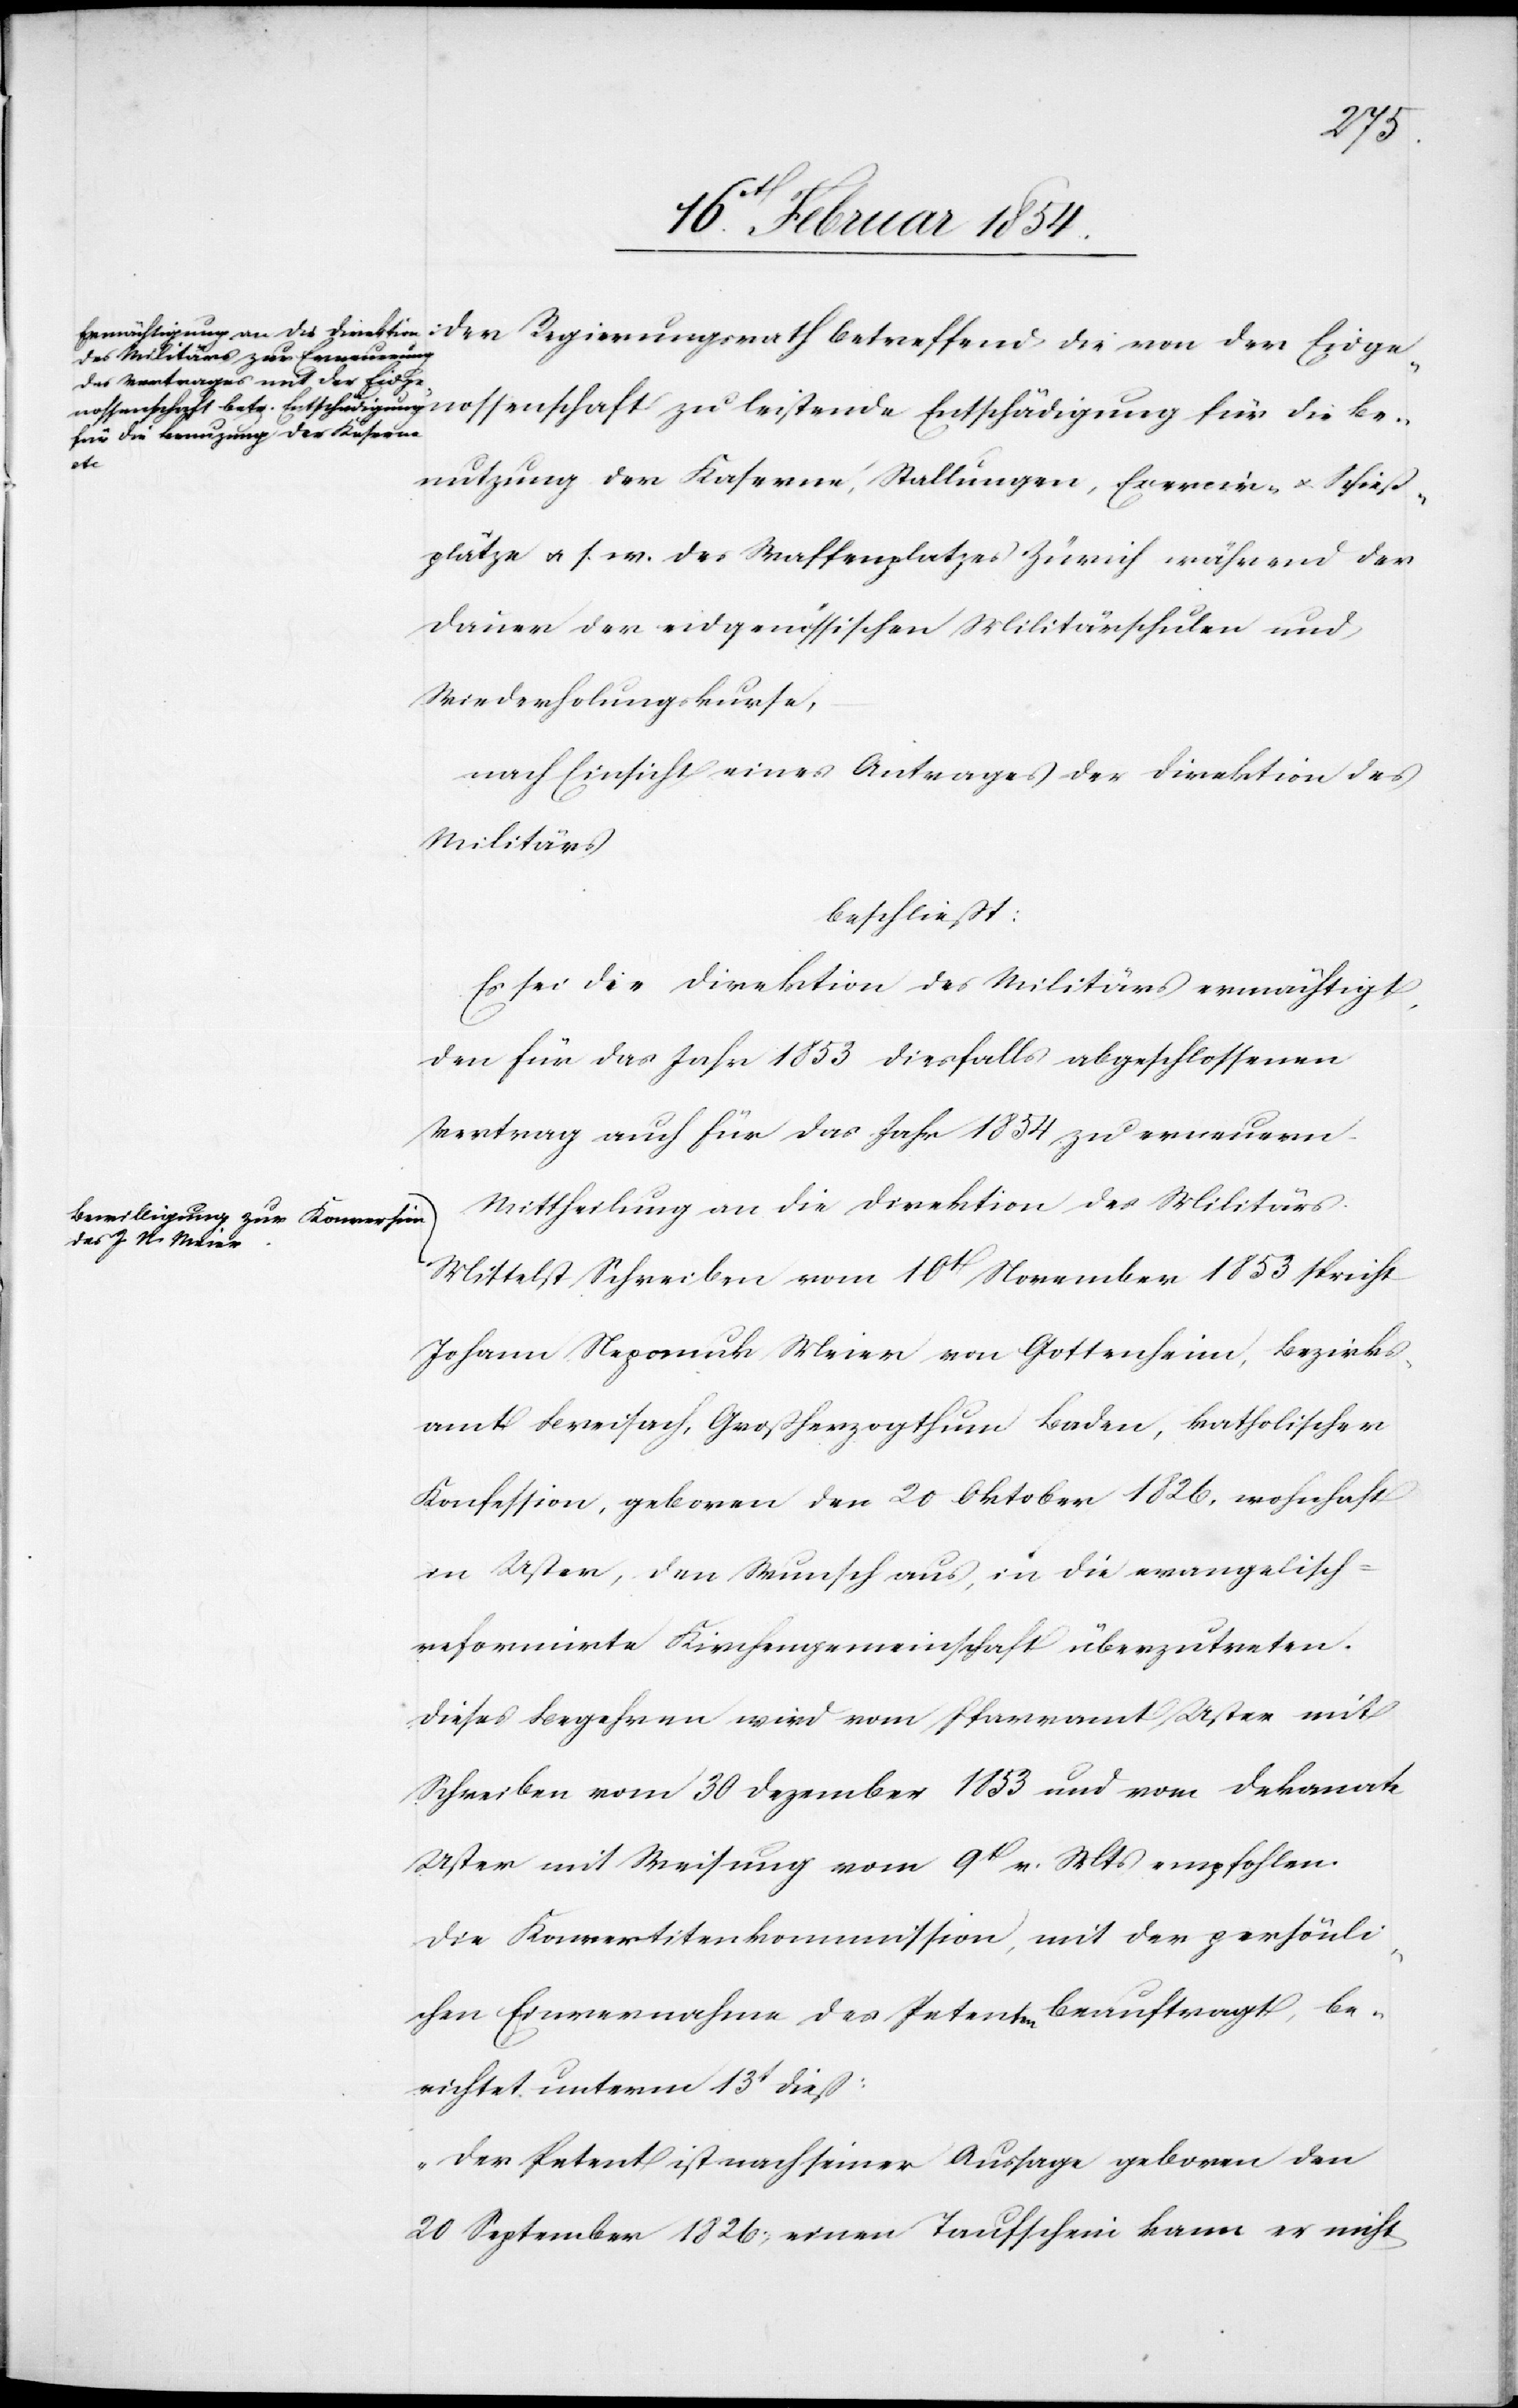
die
Be¬
nutzung der Kaserne, Stallungen, Exercir- u. Schieß¬
plätze u. s. w. des Waffenplatzes Zürich während der
Dauer der eidgenössischen Militärschulen und
Wiederholungskurse,
nach Einsicht eines Antrages der Direktion des
Militärs
beschließt:
Es sei die Direktion des Militärs ermächtigt,
den für das Jahr 1853 diesfalls abgeschlossenen
Vertrag auch für das Jahr 1854 zu erneuern.
Mittheilung an die Direktion des Militärs.
Mittelst Schreiben vom 10t November 1853 spricht
Johann Nepomuk Meier von Gottenheim, Bezirks¬
amt Breisach, Großherzogthum Baden, katholischer
Konfession, geboren den 20 Oktober 1826, wohnhaft
in Uster, den Wunsch aus, in die evangelisch-r¬
eformirte Kirchengemeinschaft überzutreten.
Dieses Begehren wird vom Pfarramt Uster mit
Schreiben vom 30 Dezember 1853 und vom Dekanate
Uster mit Weisung vom 9t v. Mts empfohlen.
Die Konvertitenkommission, mit der persönli¬
chen Einvernahme des Petenten beauftragt, be¬
richtet unterm 13t dieß:
„Der Petent ist nach seiner Aussage geboren den
20 September 1826, einen Taufschein kann er nicht